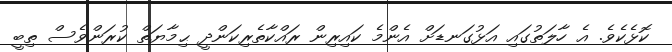
ކޮޅެކެވެ. އެ ހާލަތުގައި އަޅުގަނޑަށް އެންމެ ކައިރިން ރައްކާތެރިކަންދީ ޙިމާޔަތް ކުރަންވެސް ތިބީ